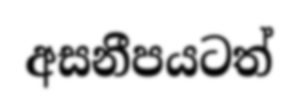
අසනීපයටත්